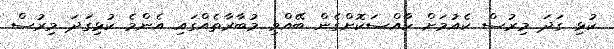
ކުޅި ގަދަ މިރުސް ކެއުމަށް ހާއްސަކޮށްގެން ބޭއްވި މުބާރާތެއްގައި އެންމެ ކުޅިގަދަ މިރުސް